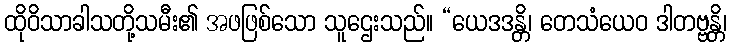
ထိုဝိသာခါသတို့သမီး၏ အဖဖြစ်သော သူဌေးသည်။ “ယေဒဒန္တိ၊ တေသံယေဝ ဒါတဗ္ဗန္တိ၊